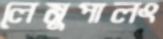
লেমুপালং